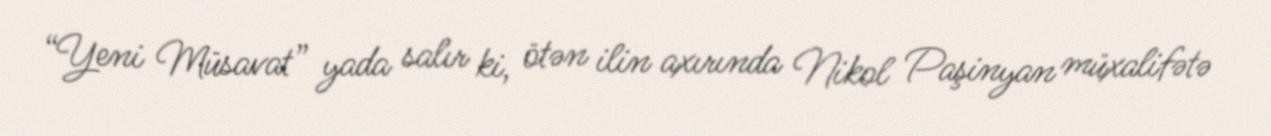
“Yeni Müsavat” yada salır ki, ötən ilin axırında Nikol Paşinyan müxalifətə